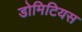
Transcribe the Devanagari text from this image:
डोमिटियस